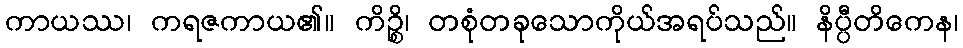
ကာယဿ၊ ကရဇကာယ၏။ ကိဉ္စိ၊ တစုံတခုသောကိုယ်အရပ်သည်။ နိပ္ပီတိကေန၊